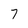
Character: 7